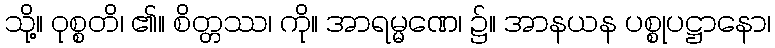
သို့။ ဝုစ္စတိ၊ ၏။ စိတ္တဿ၊ ကို။ အာရမ္မဏေ၊ ၌။ အာနယန ပစ္စုပဋ္ဌာနော၊